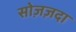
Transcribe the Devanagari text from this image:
सोज़ज़दा